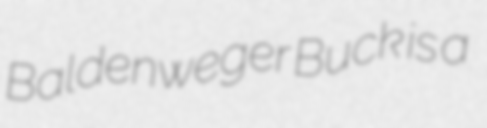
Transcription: Baldenweger Buck is a